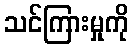
သင်ကြားမှုကို